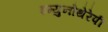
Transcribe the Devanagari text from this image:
इम्युनोथेरेपी